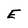
Character: E